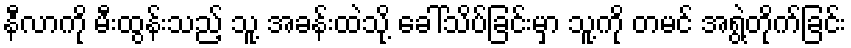
နီလာကို မီးထွန်းသည့် သူ့ အခန်းထဲသို့ ခေါ်သိပ်ခြင်းမှာ သူ့ကို တမင် အရွဲ့တိုက်ခြင်း